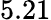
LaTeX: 5.21